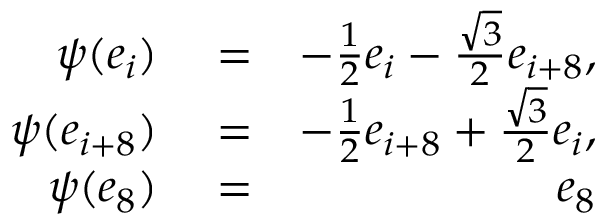
\begin{array} { r l r } { \psi ( e _ { i } ) } & { { } = } & { - \frac { 1 } { 2 } e _ { i } - \frac { \sqrt { 3 } } { 2 } e _ { i + 8 } , } \\ { \psi ( e _ { i + 8 } ) } & { { } = } & { - \frac { 1 } { 2 } e _ { i + 8 } + \frac { \sqrt { 3 } } { 2 } e _ { i } , } \\ { \psi ( e _ { 8 } ) } & { { } = } & { e _ { 8 } } \end{array}